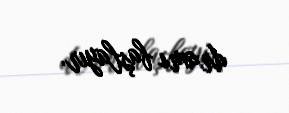
dramı başlayır.